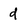
Character: d